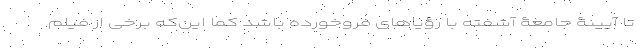
تا آیینۀ جامعۀ آشفته با رؤیاهای فروخورده باشد کما این‌که برخی از فیلم